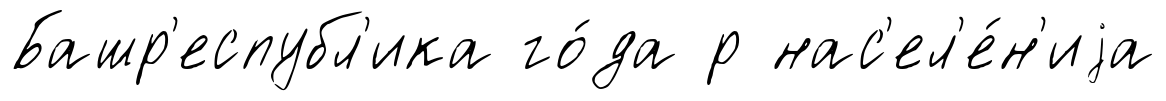
Башр'еспубл'ика го́да р нас'ел'е́н'иjа